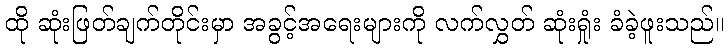
ထို ဆုံးဖြတ်ချက်တိုင်းမှာ အခွင့်အရေးများကို လက်လွှတ် ဆုံးရှုံး ခံခဲ့ဖူးသည်။